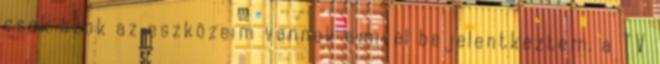
csak azok az eszközeim vannak amivel bejelentkeztem, a TV